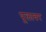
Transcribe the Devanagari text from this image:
पूलावर